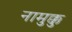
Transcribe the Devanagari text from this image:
नामुक्कु